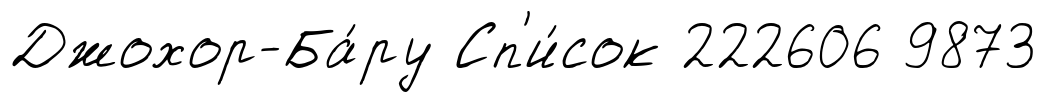
Джохор-Ба́ру Сп'и́сок 222606 9873